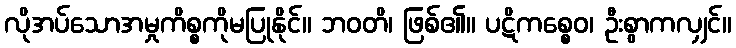
လိုအပ်သောအမှုကိစ္စကိုမပြုနိုင်။ ဘဝတိ၊ ဖြစ်၏။ ပဋိကစ္စေဝ၊ ဦးစွာကလျှင်။